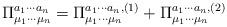
LaTeX: \begin{align*}\Pi_{\mu_{1}\cdots \mu_{n}}^{a_{1}\cdots a_{n}} = \Pi_{\mu_{1}\cdots \mu_{n}}^{a_{1}\cdots a_{n}, (1)} + \Pi_{\mu_{1}\cdots\mu_{n}}^{a_{1}\cdots a_{n},(2)}\end{align*}